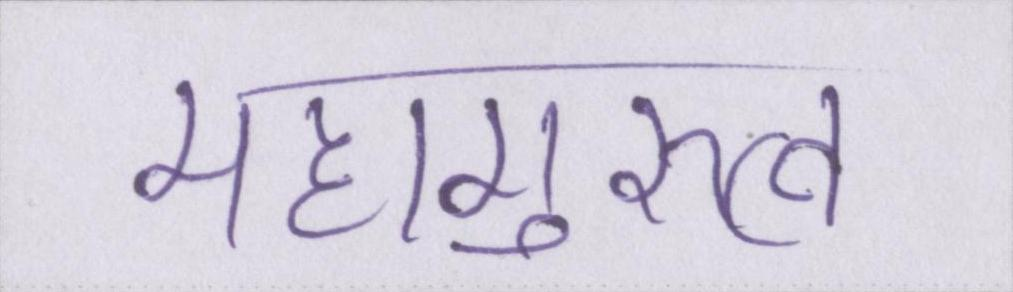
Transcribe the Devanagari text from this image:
महागुरुत्व